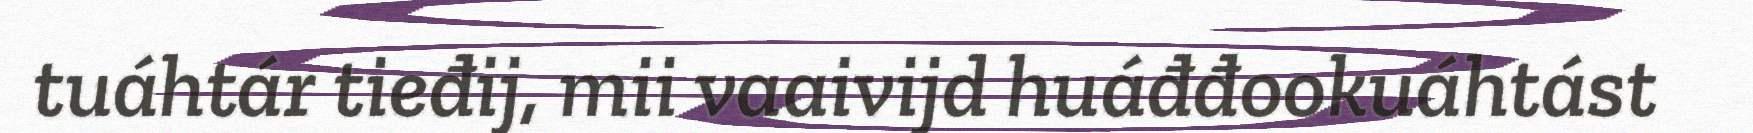
tuáhtár tieđij, mii vaaivijd huáđđookuáhtást